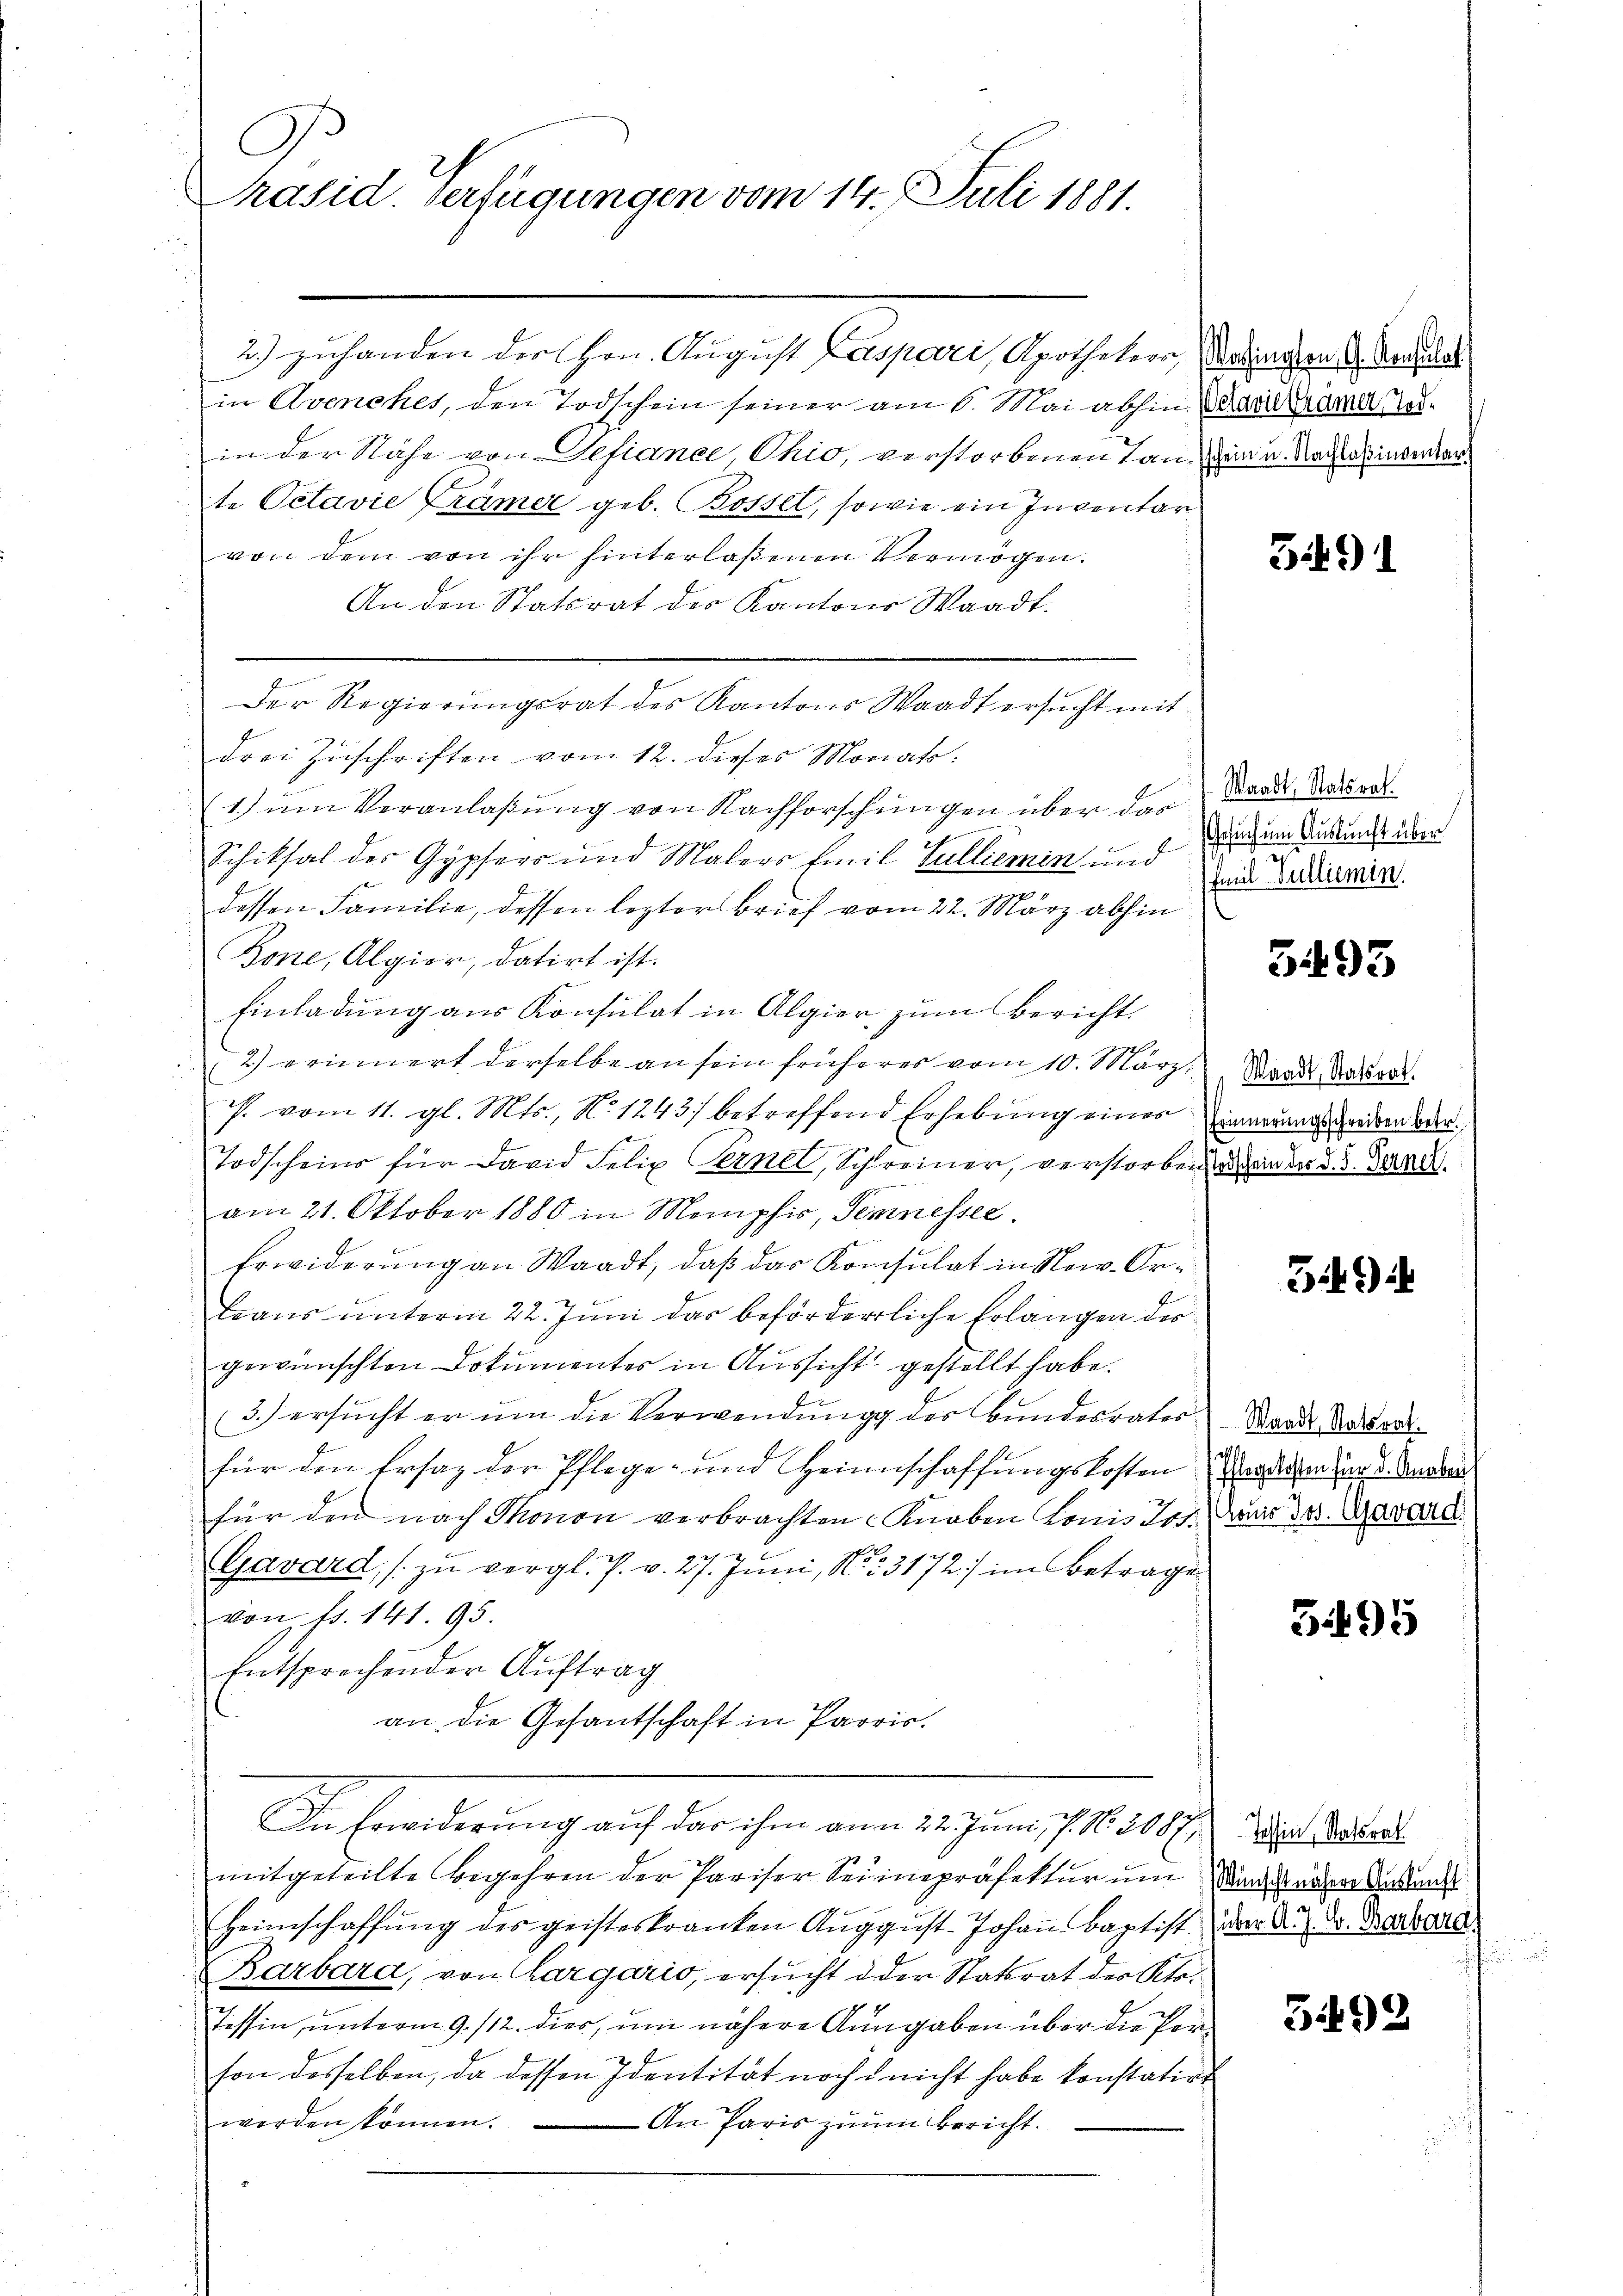
C
Präsid. Verfügungen vom 14. Juli 1881.

2) zuhanden der Hrn. August Caspari, Apothekern, Satingen 1. Andrat
in Avenches, den Todschein seiner am 1. Mai abhin Diarkramer erin der Nähe von Sefiance, Ohio, verstorbenen Tanzen u. Nachlasinsentar
te Octavie Krämer geb. Bossel, sowie ein Inventar
von dem von ihr hinterlaßenen Vermögen.
An den Statsrat des Kantons Waadt.
Der Regierŭngsrat des Kantons Waadt ersŭcht mit
drei Zuschriften vom 12. dieses Monato.
1.) um Veranlaßung von Nachforschungen über das
Schiksal der Gypfers und Malers Emil Sulliemin und
dessen Familie, dessen lezter Brief vom 22. März abhin
Bone, Algior, datirt ist.
Einladung aus Konsulat in Algier zum Bericht.
2) erinnert derselbe an sein früheres vom 10. März
s. vom 11. gl. Mts., N. 1243/ betreffend Erhebung einer Einwangsgeden ber
b
f
Todscheins für David Felix Ternel, Schreiner, verstorben angen der d. 3. Jane
am 21. Oktober 1880 in Momphie, Semesser
Erwiderung an Waadt, daß das Konsulat in Now. Orlians unterm 22. Juni das beförderliche Erlangen des
gewünschten Dokumentes in Aussicht gestellt habe.
(3.) ersucht er um die Verwendung der Bundesratesfür den Ersatz der Pflege- und Heinschaffungskosten den Knaben
für den nach Thonon verbrachten Knaben konis Jos. War dos. Aarard
Gavard, zu vergl. P. v. 27. Juni, No. 3172) im Betrage
von fr. 141. 95.
Entsprechender Auftrag
an die Gesantschaft in Paris.
Die Erwiderung auf das ihm ann 22. Juni, P. N. 3087
mitgeteilte Begehren der Pariser Seinpräfektur um Wandes näher Ankunf
Heimschaffŭng des geisteskranken Aŭgŭst Johaṅ Baptist der Au Dr. Basel
Barbara, von Chargaris, ersucht d. der Statsrat der Kle¬
Tessin, unterm 9. /12. dies, um nähere Angaben über die Person desselben, da dessen Identität noch nicht habe konstatirt
werden können. An Paris zŭm Bericht.

5491

Waadt, Statsrat
Gesuch um Auskunft über
Emil Vulliemin.

5493

Waadt, Statsrat

3494

Waadt, Statsrat.

395

Tessin, Statsrat

3492